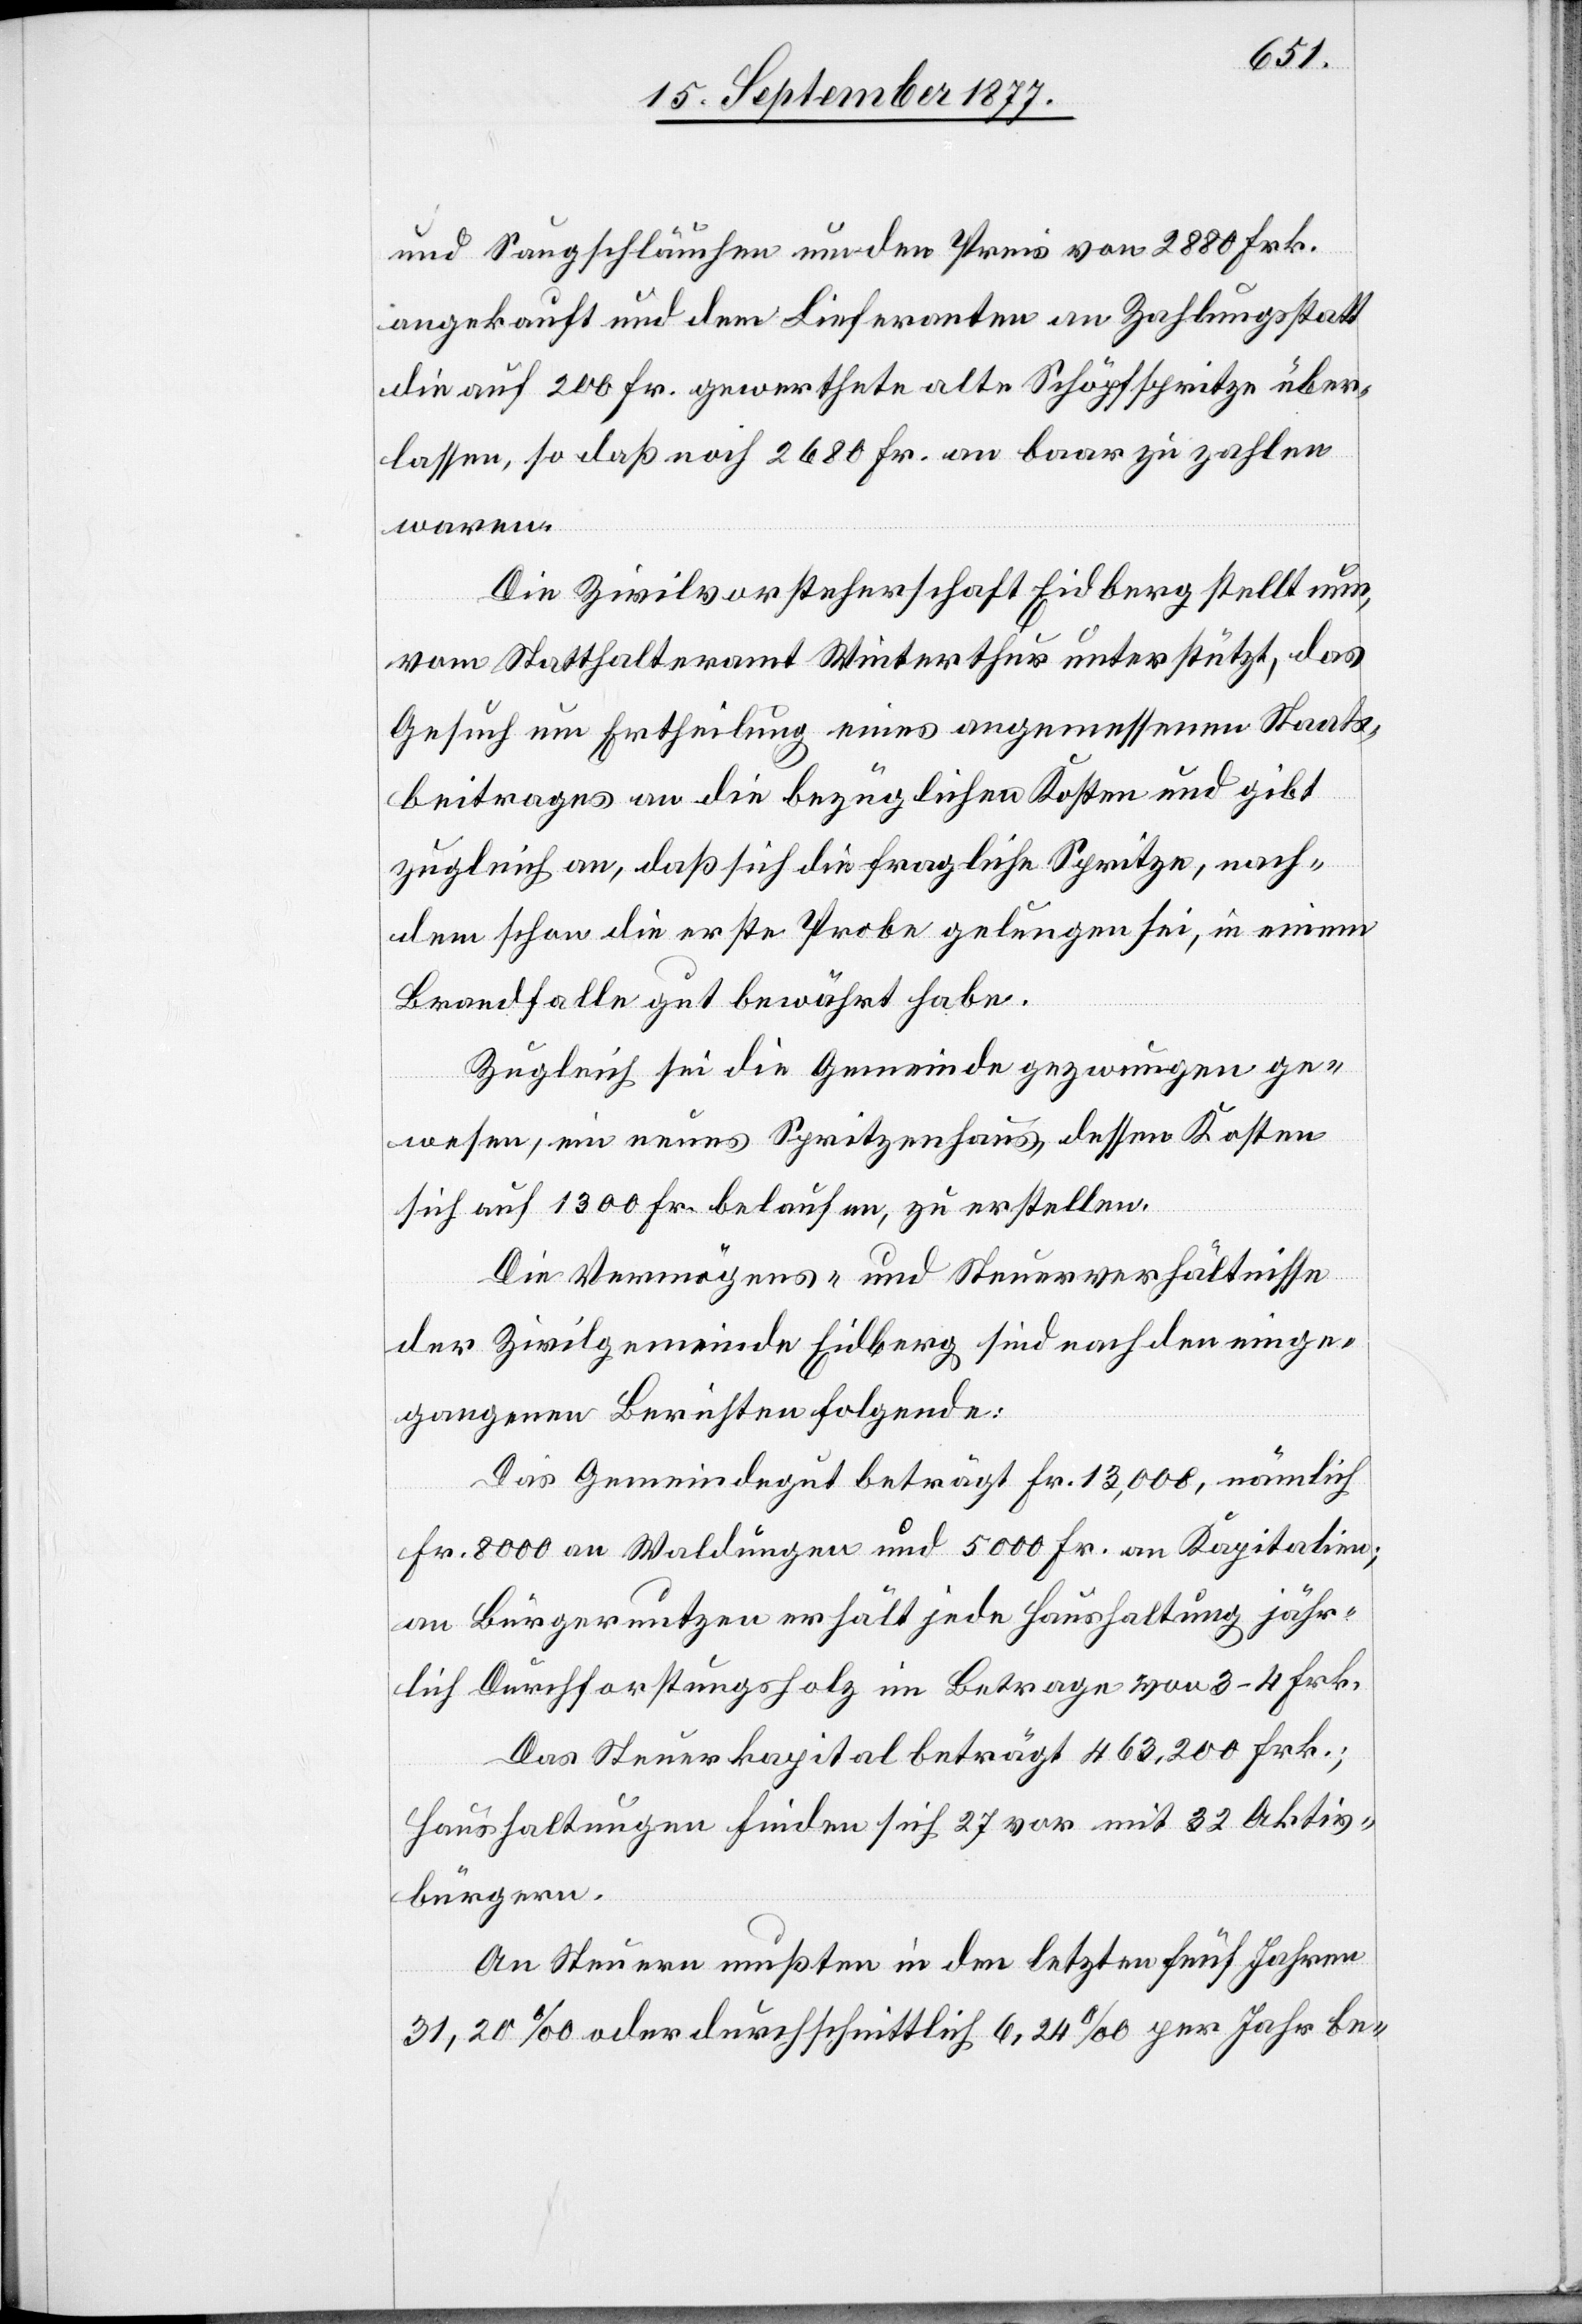
und Saugschläuchen um den Preis von 2880 Frk.
angekauft und dem Lieferanten an Zahlungsstatt
die auf 200 Fr. gewerthete alte Schöpfspritze über¬
lassen, so daß noch 2680 Fr. an baar zu zahlen
waren.
Die Zivilvorsteherschaft Eidberg stellt nun,
vom Statthalteramt Winterthur unterstützt, das
Gesuch um Ertheilung eines angemessenen Staats¬
beitrages an die bezüglichen Kosten und gibt
zugleich an, daß sich die fragliche Spritze, nach¬
dem schon die erste Probe gelungen sei, in einem
Brandfalle gut bewährt habe.
Zugleich sei die Gemeinde gezwungen ge¬
wesen, ein neues Spritzenhaus, dessen Kosten
sich auf 1300 Fr. belaufen, zu erstellen.
Die Vermögens- und Steuerverhältnisse
der Zivilgemeinde Eidberg sind nach den einge¬
gangenen Berichten folgende:
Das Gemeindegut beträgt Fr. 13,000, nämlich
Fr. 8000 an Waldungen und 5000 Fr. an Kapitalien;
an Bürgernutzen erhält jede Haushaltung jähr¬
lich Durchforstungsholz im Betrage von 3–4 Frk.
Das Steuerkapital beträgt 463,200 Frk.;
Haushaltungen finden sich 27 vor mit 32 Aktiv¬
bürgern.
An Steuern mußten in den letzten fünf Jahren
31,20 ‰ oder durchschnittlich 6,24 ‰ per Jahr be-